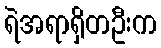
ရဲအရာရှိတဦးက